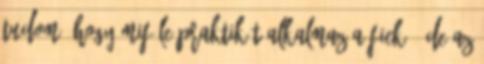
tudom, hogy miféle praktikát alkalmaz a fickó, de az